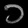
Digit: ၁